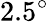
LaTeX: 2.5^{\circ}